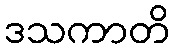
ဒသကာတိ